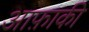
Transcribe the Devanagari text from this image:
आफ़ाकी